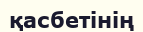
қасбетінің